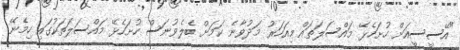
"އޭސީސީއަށް ހުށަހެޅޭ މައްސަލަތައް މިއަހަރު މަދުވާނެ ކަމަށް ބެލެވުނަސް ހުށަހެޅޭ މައްސަލަތަކުގައި ހިމެނޭ